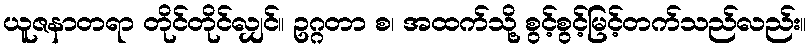
ယူဇနာတရာ တိုင်တိုင်လျှင်။ ဥဂ္ဂတာ စ၊ အထက်သို့ စွင့်စွင့်မြင့်တက်သည်လည်း။